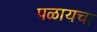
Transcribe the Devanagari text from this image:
पळायचा